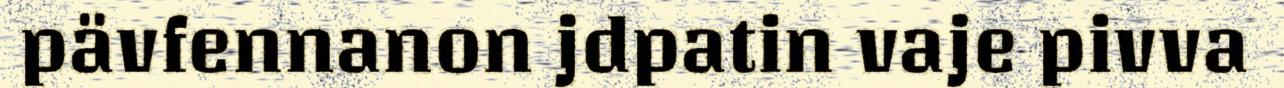
pävfennanon jdpatin vaje pivva